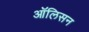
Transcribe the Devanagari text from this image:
ऑलिसन